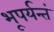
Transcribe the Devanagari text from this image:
भूपर्यन्तं